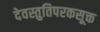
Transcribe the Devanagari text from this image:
देवस्तुतिपरकसूक्त